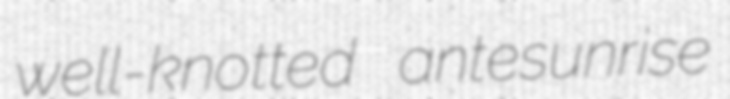
well-knotted antesunrise